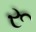
રૂ